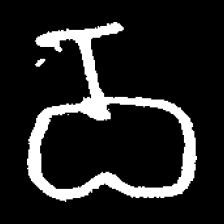
Pyu character \u2014 Myanmar letter: ဝ (romanized: wa)